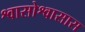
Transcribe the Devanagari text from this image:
श्वासोश्वासास